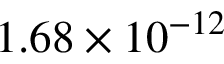
1 . 6 8 \times 1 0 ^ { - 1 2 }